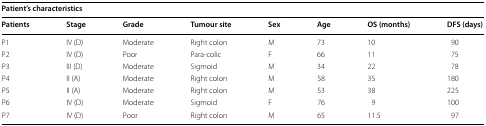
| <COLSPAN=8> Patient’s characteristics |
 | Patients | Stage | Grade | Tumour site | Sex | Age | OS (months) | DFS (days) |
 | --- | --- | --- | --- | --- | --- | --- | --- |
 | P1 | IV (D) | Moderate | Right colon | M | 73 | 10 | 90 |
 | P2 | IV (D) | Poor | Para-colic | F | 66 | 11 | 75 |
 | P3 | III (D) | Moderate | Sigmoid | M | 34 | 22 | 78 |
 | P4 | II (A) | Moderate | Right colon | M | 58 | 35 | 180 |
 | P5 | II (A) | Moderate | Right colon | M | 53 | 38 | 225 |
 | P6 | IV (D) | Moderate | Sigmoid | F | 76 | 9 | 100 |
 | P7 | IV (D) | Poor | Right colon | M | 65 | 11.5 | 97 |